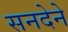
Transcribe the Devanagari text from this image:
सनदेने